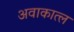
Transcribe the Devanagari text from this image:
अवाकात्ल